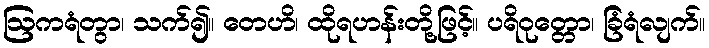
ဩကရံတွာ၊ သက်၍။ တေဟိ၊ ထိုရဟန်းတို့ဖြင့်။ ပရိဝုတ္တော၊ ခြံရံလျက်။